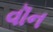
વૉન